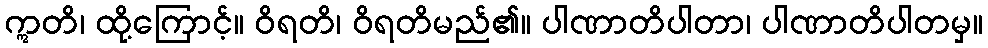
ဣတိ၊ ထို့ကြောင့်။ ဝိရတိ၊ ဝိရတိမည်၏။ ပါဏာတိပါတာ၊ ပါဏာတိပါတမှ။